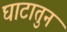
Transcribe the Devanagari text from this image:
घाटातुन